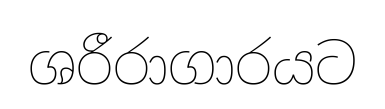
ශරීරාගාරයට